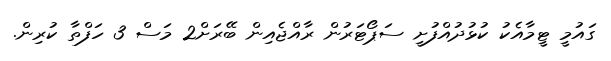
ގައުމީ ޓީމާއެކު ކުޅުދުއްފުށީ ސަޕޯޓަރުން ރާއްޖެއިން ބޭރަށް2 މަސް 3 ހަފްތާ ކުރިން.